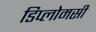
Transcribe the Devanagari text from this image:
डिप्लोमसी